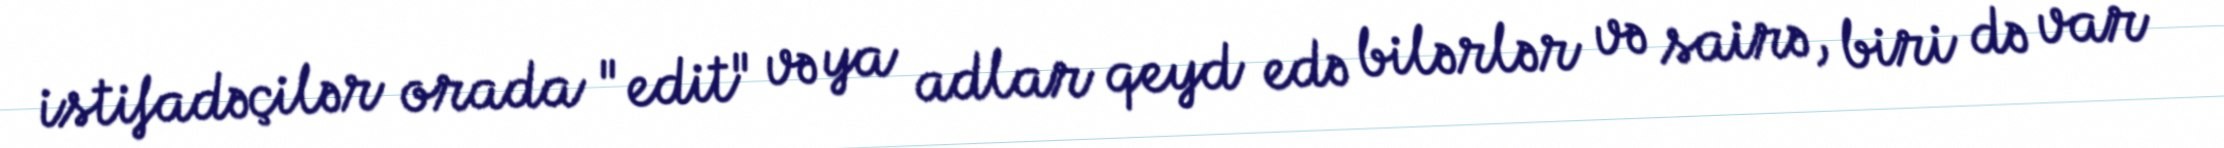
istifadəçilər orada "edit" və ya adlar qeyd edə bilərlər və sairə, biri də var